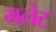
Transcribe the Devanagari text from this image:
मलेट